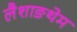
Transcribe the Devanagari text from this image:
लैशाङथेम